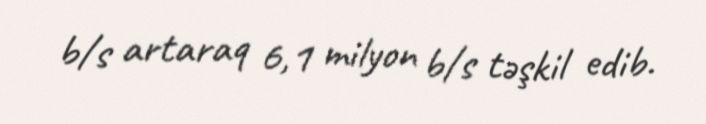
b/s artaraq 6,1 milyon b/s təşkil edib.